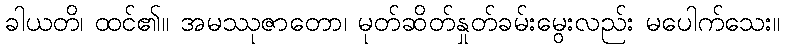
ခါယတိ၊ ထင်၏။ အမဿုဇာတော၊ မုတ်ဆိတ်နှုတ်ခမ်းမွေးလည်း မပေါက်သေး။